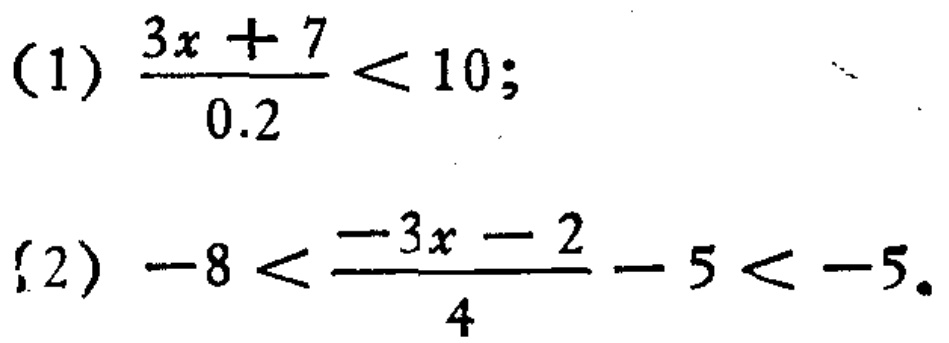
(1) \(\frac{3x + 7}{0.2}<10\);
(2) \(-8<\frac{-3x - 2}{4}-5<-5\)